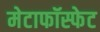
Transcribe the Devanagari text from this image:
मेटाफॉस्फेट